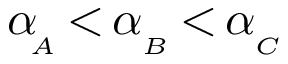
\alpha \! _ { _ A } \, { < } \, \alpha _ { _ B } \, { < } \, \alpha _ { _ C }